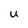
Character: u